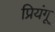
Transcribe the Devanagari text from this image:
प्रियंगू